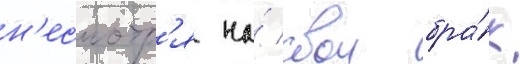
н'есмотр'я на́ свои бра́к